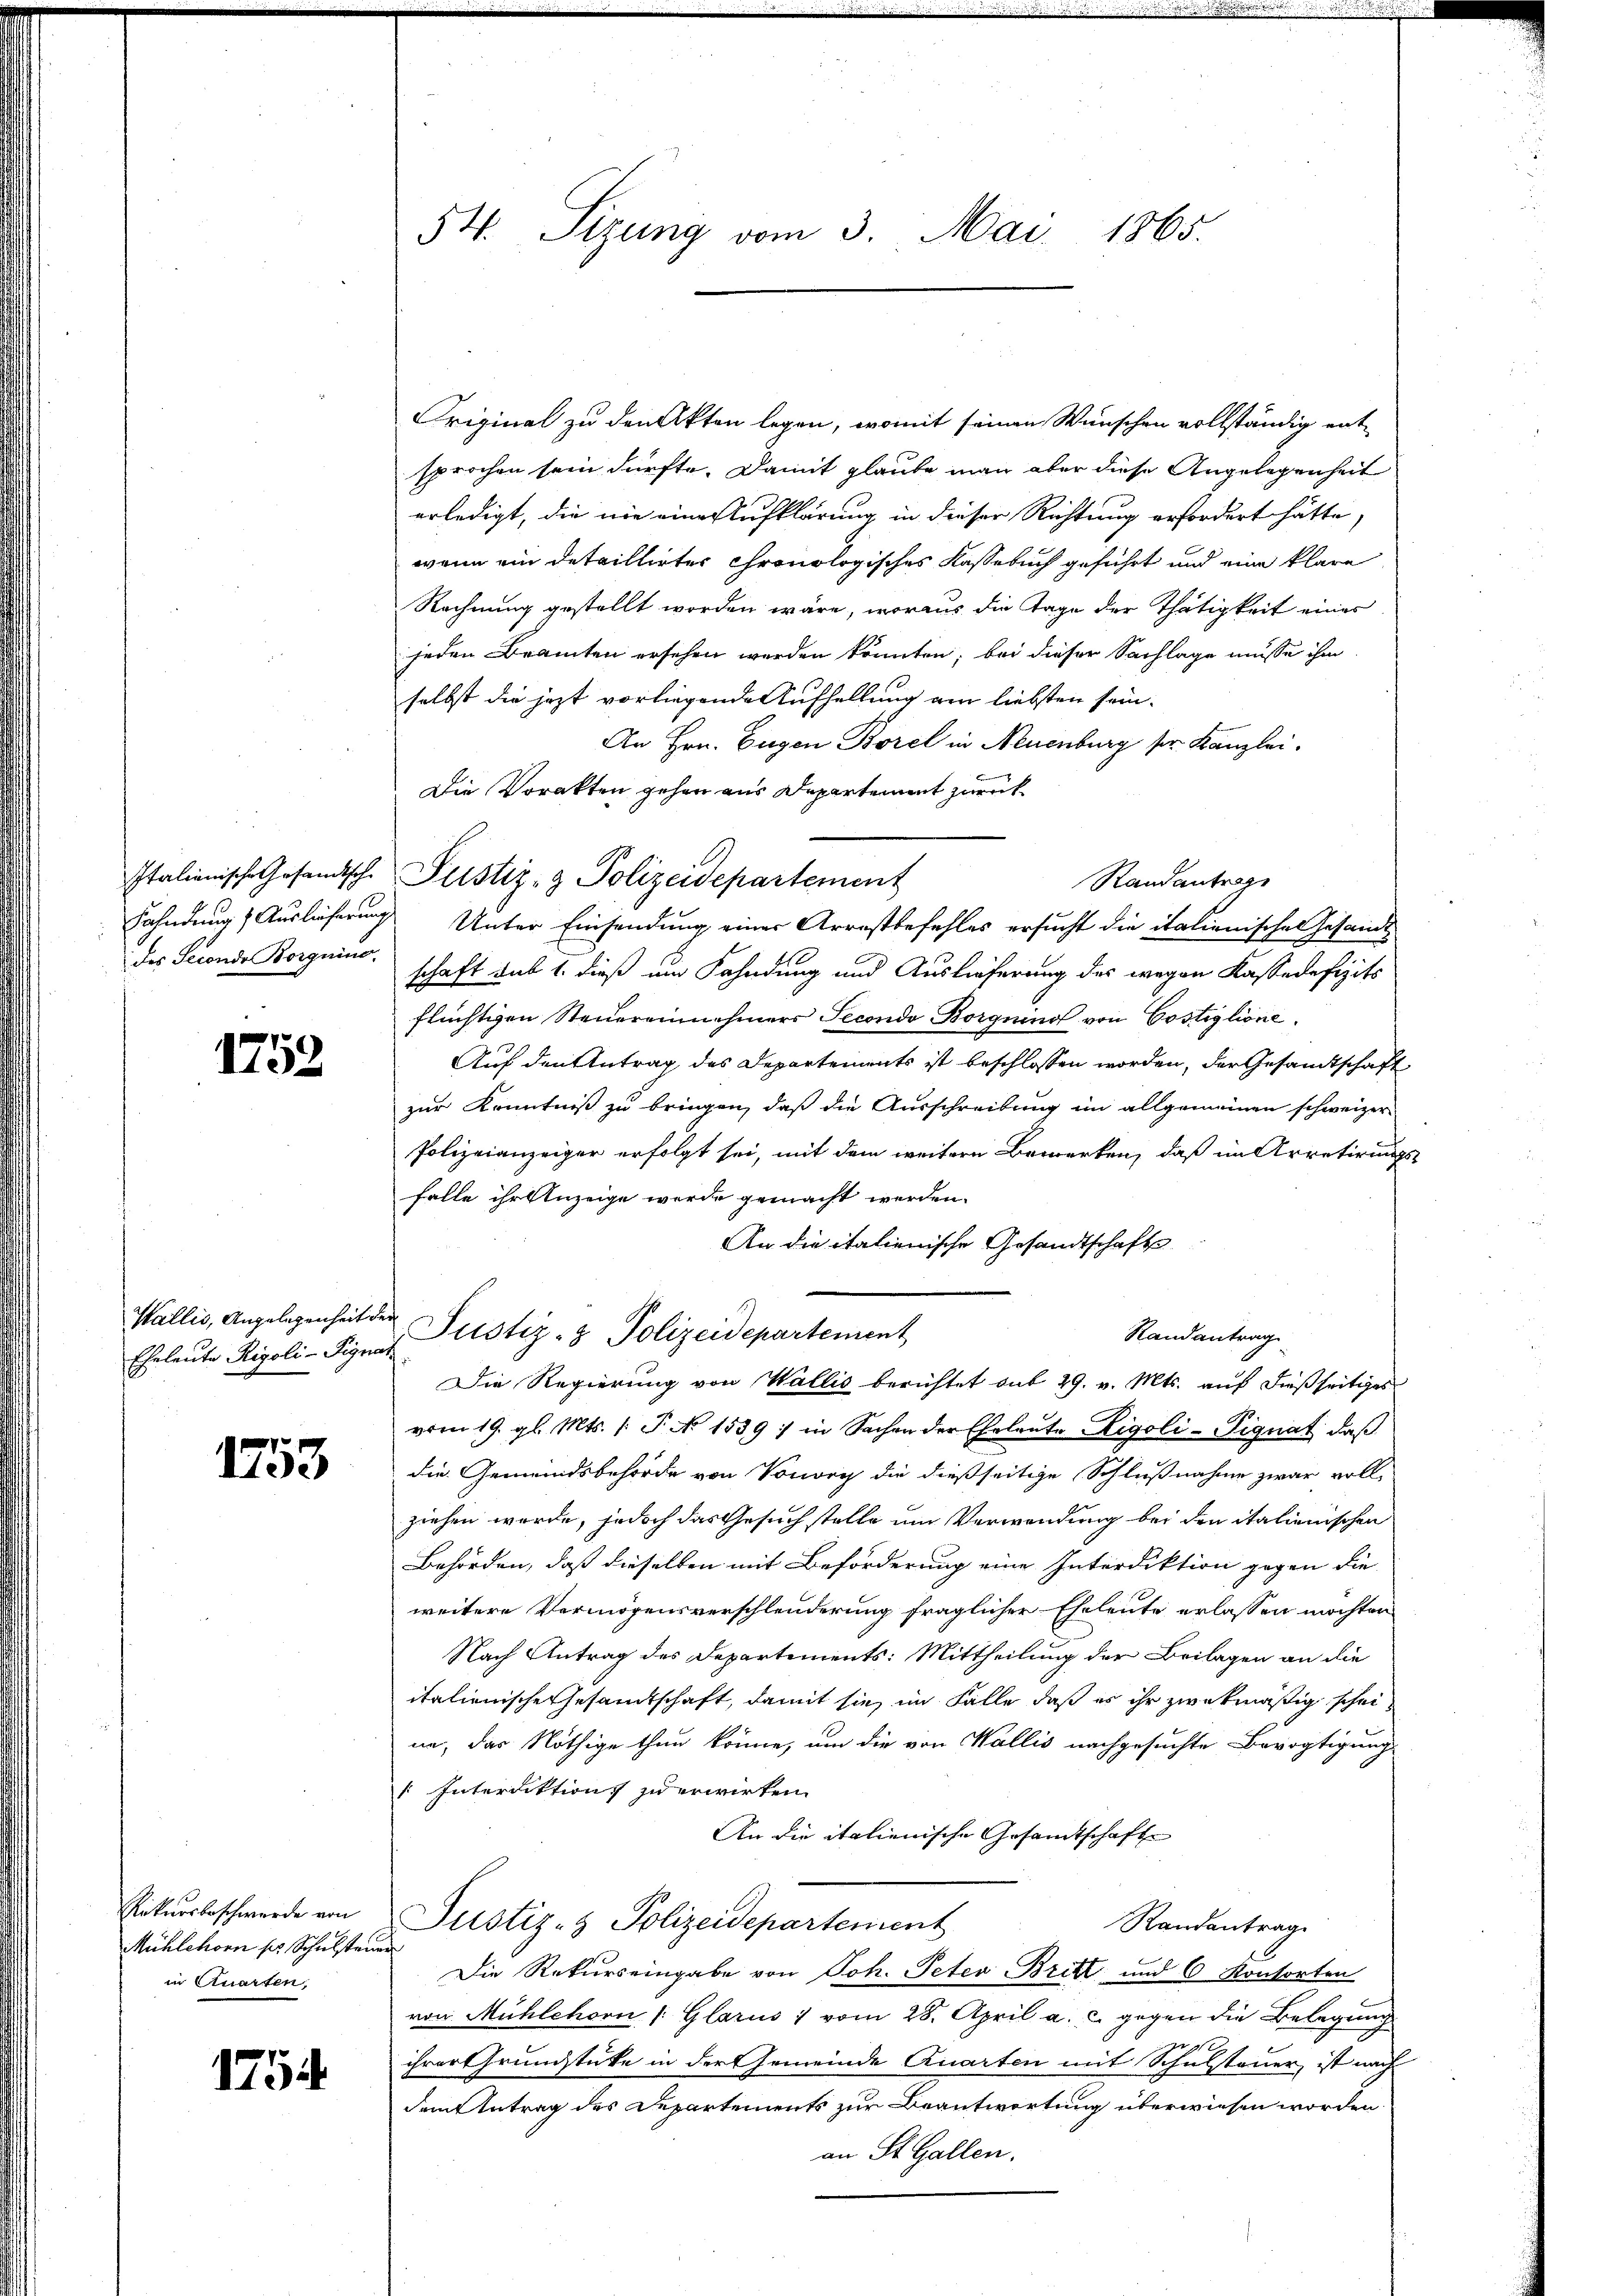
1752

des Seconde Borgnino.

Eheleute Rigoli-Signat

1753

Rekursbeschwerde von
Mühlehorn s. Schulsteuer
in Quarten,

1754

Original zu den Akten legen, womit seinen Wünschen vollständig ent-
sprochen sein dürfte. Damit glaube man aber diese Angelegenheit
erledigt, die nie eine Aufklärung in dieser Richtung erfordert hätte,
wenn ein detaillirter chronologisches Kassebuch geführt und eine klare
Rechnung gestellt worden wäre, woraus die Tage der Thätigkeit eines
jeden Beamten ersehen werden könnten; bei dieser Sachlage müsse ihm
selbst die jezt vorliegende Aufhellung am liebsten sein.
An Hrn. Eugen Borel in Neuenburg sr. Kanzlei.
Die Vorakten gehen aus Departement zurück
Italienische Gesandtsch Pustiz- & Polizeidepartement
Randantrage
Fahndung & Auslieferung Unter Einsendung einer Arrestbefehles ersucht die italienischen Gesandt
schaft sub 1. dieß um Fahndung und Auslieferung des wegen Kasse defizits
flüchtigen Steuereinnehmers Secondo Borgnino von Costiglione
Auf den Antrag des Departements ist beschlossen worden, der Gesandtschaft
zur Kenntniß zu bringen, daß die Ausschreibung im allgemeinen schweizer-
Polizeianzeiger erfolgt sei, mit dem weitere Bemerken, daß im Arretirungsfalle ihr Anzeige werde gemacht werden.
An die italienische Gesandtschafts-
Wallis, Angelegenheit der Justiz- & Polizeidepartement
Randantrag
Die Regierung von Wallis berichtet aus 29. v. Mts. auf dießseitiges
vom 19. gl. Mts. /: P. No 1539 : in Sachen der Eheleŭte Leigoli-Pignat, daβ
die Gemeindsbehörde von Vorvey die dießseitige Schlußnahme zwar voll-
ziehen werde, jedoch das Gesuch stelle um Verwendung bei den italienischen
Behörden, daß dieselben mit Beförderung eine Interdiktion gegen die
weitere Vermögensverschlenderung fraglicher Eheleute erlassen möchten
Nach Antrag des Departements: Mittheilung der Beilagen an die
italienische Gesandtschaft, damit sie im Falle daß es ihr zwekmäßig scheine, das Nöthige thun könne, um die von Wallis nachgesuchte Bevogtigung
“ Interdiktion jederwirken.
An die italienische Gesamtschafte
Justiz- & Polizeidepartement
Randantrag
Die Rekurs eingabe von Joh. Peter Britt und 6 Konsorten
von Mühlehorn (Glarus vom 28. April a. c. gegen die Belegung
g
ihrer Grundstücke in der Gemeinde Quarten mit Schulsteuer, ist nach
dem Antrag des Departements zur Beantwortung überwiesen worden
an St. Gallen.

54. Sizung vom 3. Mai 1865.

.